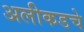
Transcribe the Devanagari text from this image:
अलीकडचे